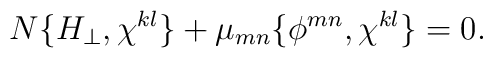
N\{H_{\perp },\chi ^{kl}\}+\mu _{mn}\{\phi ^{mn},\chi ^{kl}\}=0.